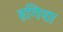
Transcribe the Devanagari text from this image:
हगिया